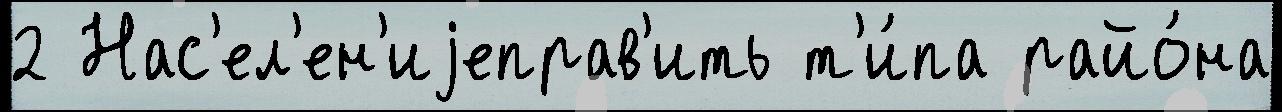
2 Нас'ел'ен'иjеправ'ить т'и́па райо́на